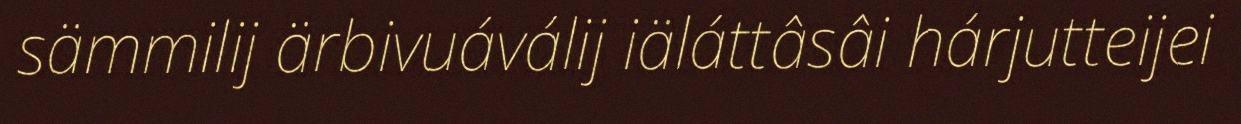
sämmilij ärbivuáválij iäláttâsâi hárjutteijei